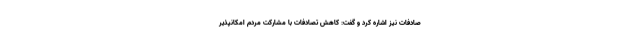
صادفات نیز اشاره کرد و گفت:‌ کاهش تصادفات با مشارکت مردم امکانپذیر